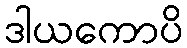
ဒါယကောပိ